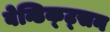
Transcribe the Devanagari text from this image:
वेन्डिक्ट्सन